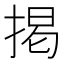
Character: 掲